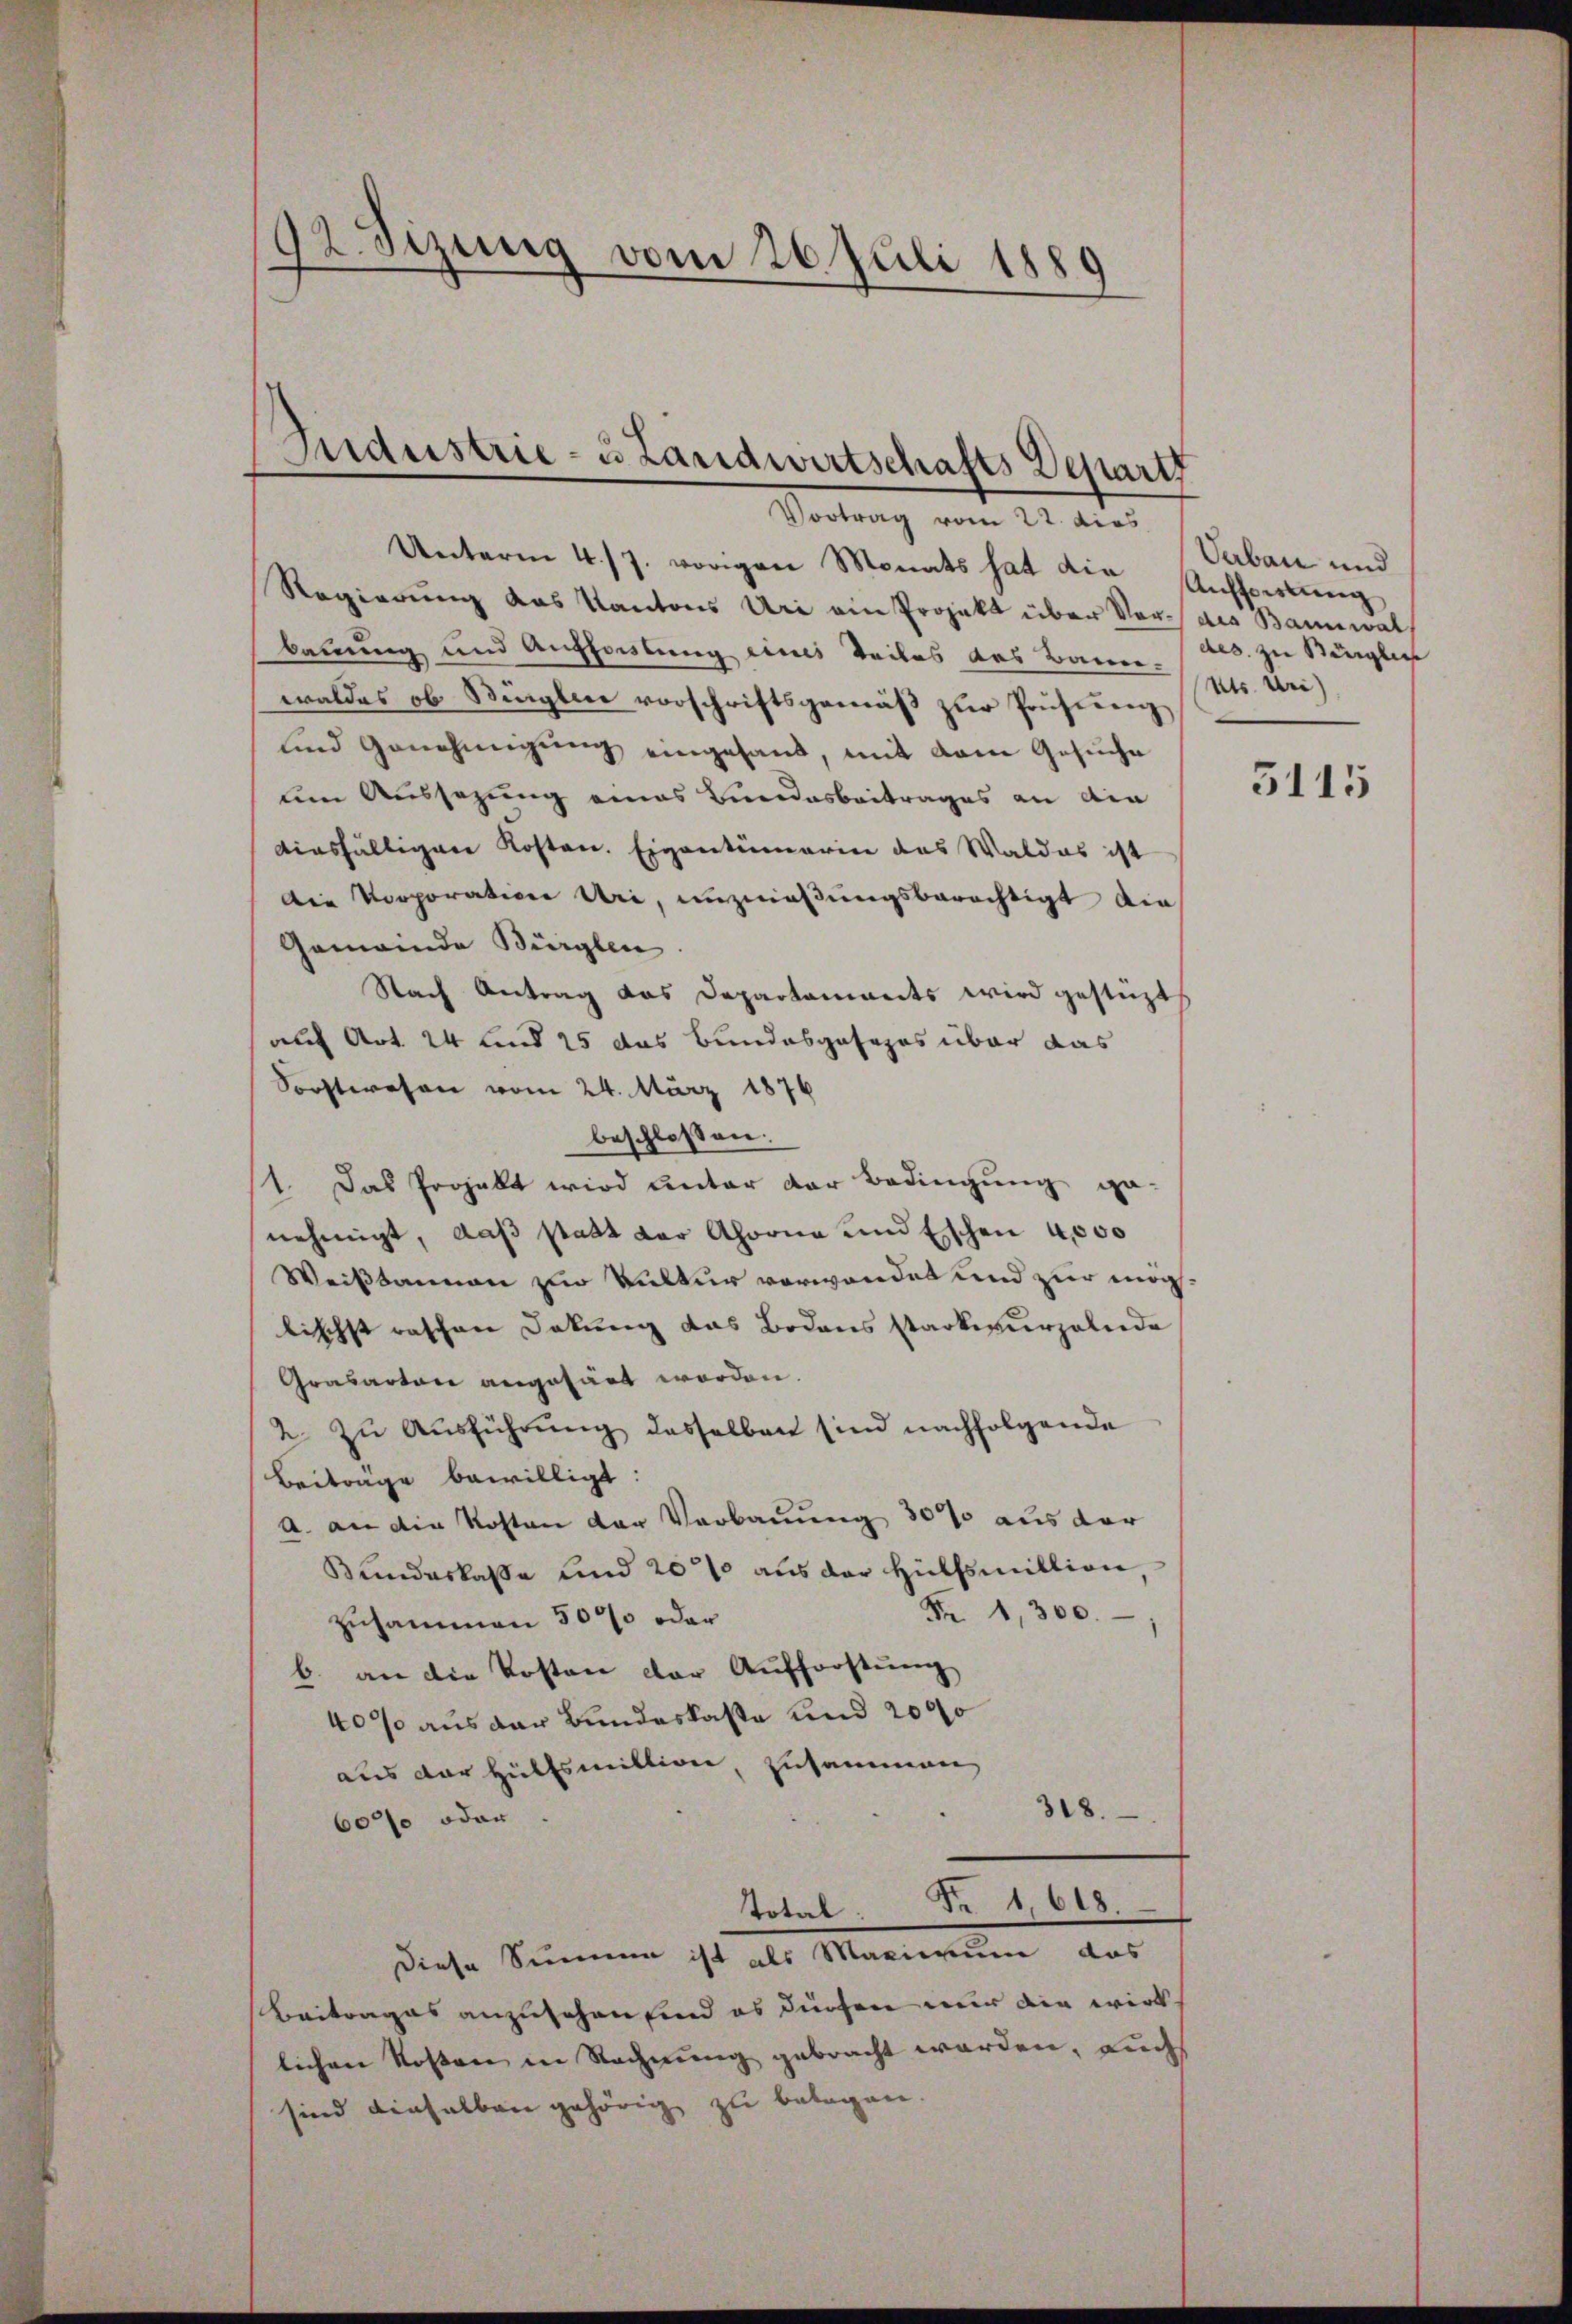
92. Sizung vom 26. Juli 1889

Industrie- u Landwirtschafts Depart
Vortrag vom 22. dies

Unterm 4./7. vorigen Monats hat die Auffortŭng
Regierung das Kantons Uri ein Projekt über Vor des Bannwal
bauung und Auffassung eines Teiles das Bauer-
waldes ob Sigler vorschriftsgemäβ zŭr Prüfŭng
und Genehmigung eingesand, mit dem Gesuche
um Aussezung eines Bundesbeitrages an din
diesfälligen Kosten. Eigentümerin das Waldas ist
Die Vorporation Uri, unzulaßungsberechtigt die
Gemeinde Bürglen.
Nach Antrag das Departaments wird gestüzt
auf Art. 24 und 25 das Bundesgesezes über das
Forstwesen vom 24. März 1876
beschlossen:
1. Das Prozellt wird unter der Bedingung ge-
nehmigt, daß statt der Ahorne und Eschen 4,000
Weißbaumen zur Kultur verwendet und zur möglischst raschen Dokung das Bodens starkurzelnde
Grasarten angefärt worden.
2. zu Ausführung desselben sind nachfolgende
Beiträge bewilligt:
A. an die Kosten der Verbauung 30% aus der
Bundeskasse und 20% aus der Hülfsmillion
Nr 1,300.
zusammen 500 oder
b. an die Kosten der Aufforstung
40% aus der Bundeskasse und 2000
aus der Hülfsmittion, zusammen
318.
60% oder
Total Fr. 1,618
Diese Summe ist als Maximum das
Beitrages anzusehen sind es dürfen nur die wirklichen Kosten in Rechnung gebracht werden, auch
sind dieselben gehörig zu belegen.

Verbau und
des zu Königlich
Kts. Uri)

3115